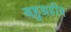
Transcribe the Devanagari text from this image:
बहुग्रहीय